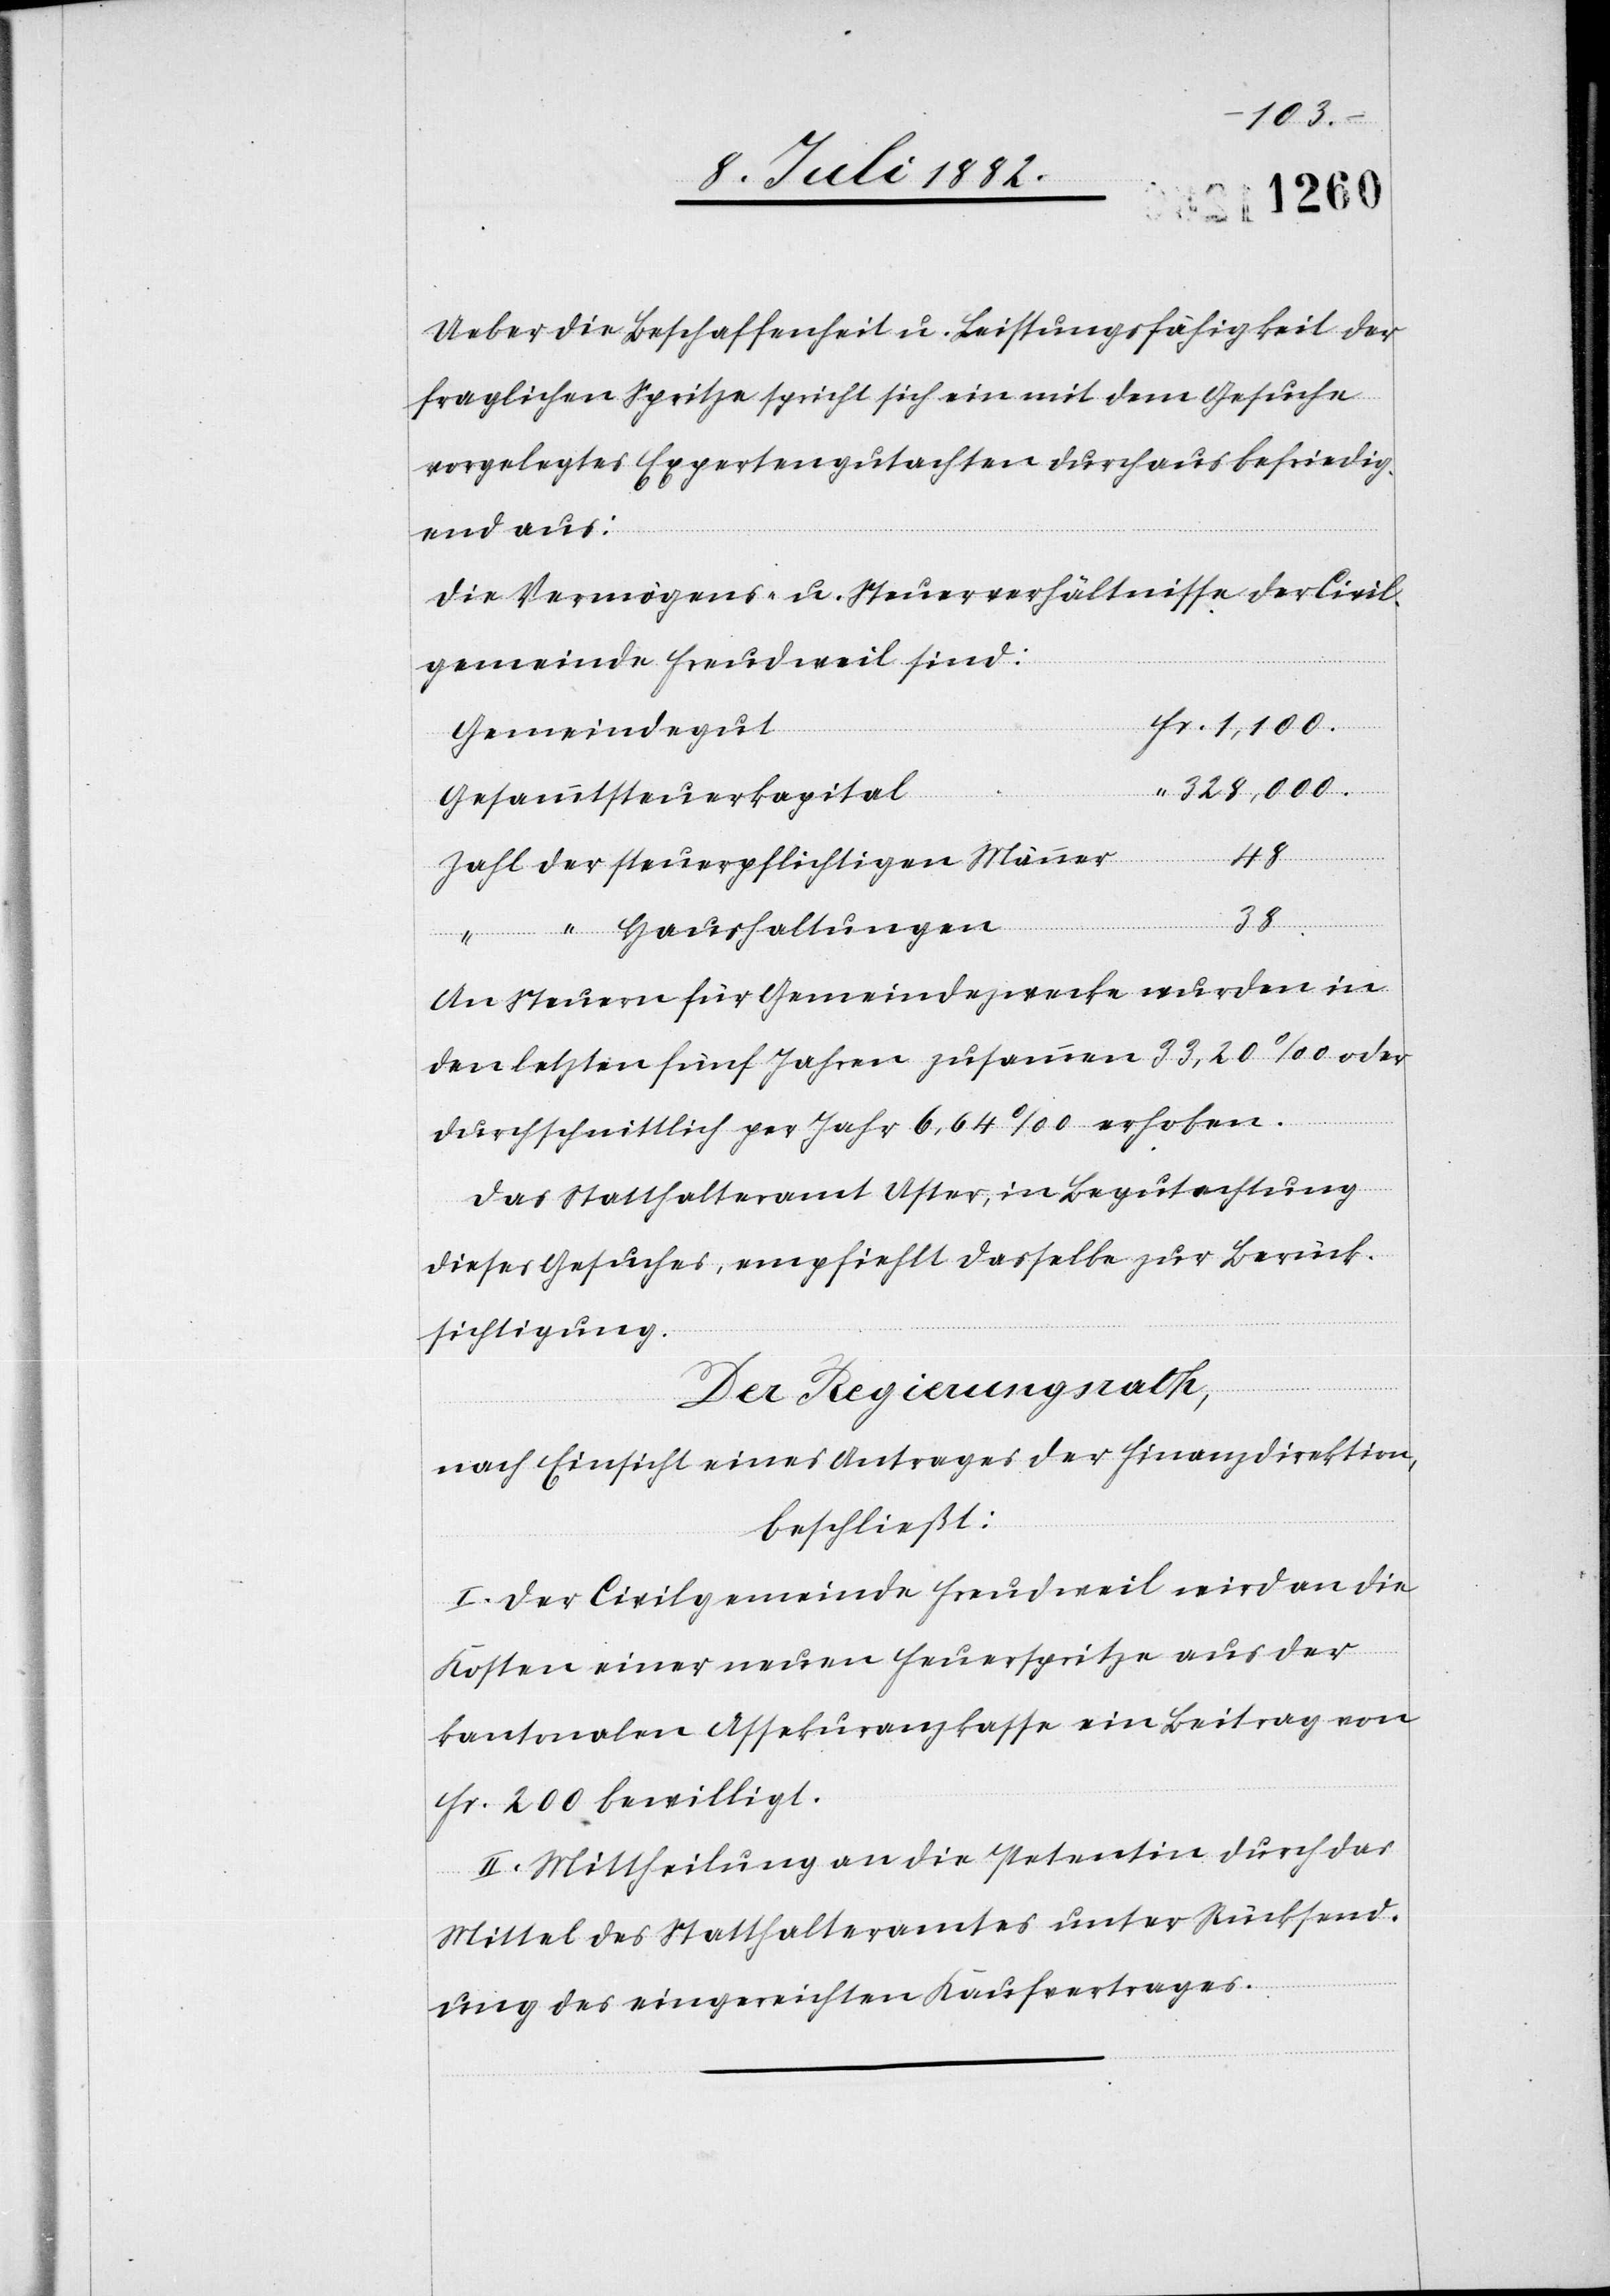
Ueber die Beschaffenheit u. Leistungsfähigkeit der
fraglichen Spritze spricht sich ein mit dem Gesuche
vorgelegtes Expertengutachten durchaus befriedig¬
der
end aus:
Die Vermögens- u. Steuerverhältnisse der Civil¬
gemeinde Freudweil sind:
Gemeindegut
328,000.
Gesammtsteuerkapital
Haushaltungen
38
steuerpflichtigen
An Steuern für Gemeindezwecke wurden in
den letzten fünf Jahren zusammen 33,20‰ oder
Fr.
durchschnittlich per Jahr 6,64‰ erhoben.
Das Statthalteramt Uster, in Begutachtung
dieses Gesuches, empfiehlt dasselbe zur Berück¬
sichtigung.
Der Regierungsrath,
nach Einsicht eines Antrages der Finanzdirektion,
beschließt:
I. Der Civilgemeinde Freudweil wird an die
Kosten einer neuen Feuerspritze aus der
kantonalen Assekuranzkasse ein Beitrag von
Fr. 200 bewilligt.
II. Mittheilung an die Petentin durch das
Mittel des Statthalteramtes unter Rücksend¬
ung des eingereichten Kaufvertrages.